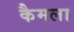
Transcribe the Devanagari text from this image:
कैमला